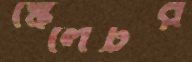
স্কেলেটর